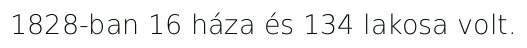
1828-ban 16 háza és 134 lakosa volt.